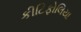
કીટિફોલિયા